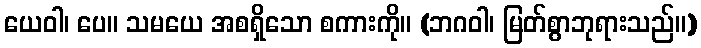
ယေဝါ၊ ပေ။ သမယေ အစရှိသော စကားကို။ (ဘဂဝါ၊ မြတ်စွာဘုရားသည်။)